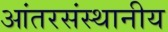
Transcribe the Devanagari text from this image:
आंतरसंस्थानीय